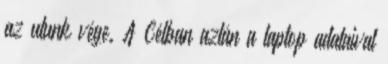
az utunk vége. A Célban aztán a laptop adataival